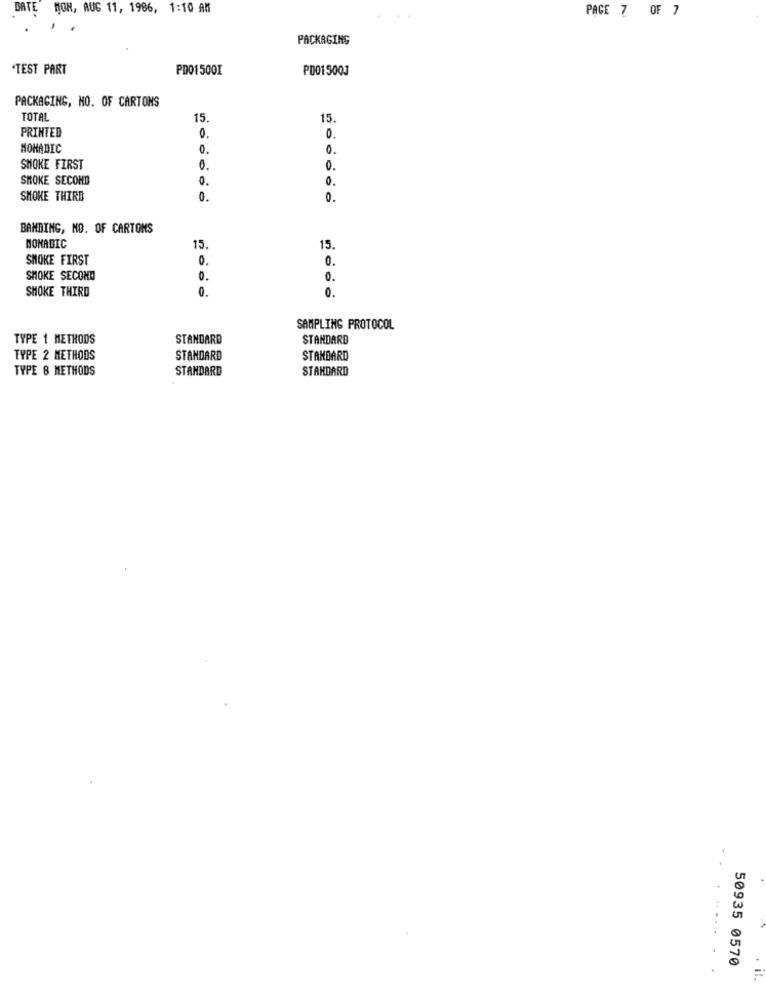
BATE
MON, AUG 11, 1986, 1:10 AM
PAGE 7 OF 7
PACKAGING
TEST PART
PD01500I
PD01 5003
PACKAGING, NO. OF CARTONS
TOTAL
15
15
PRINTED
0.
0.
NOMADIC
0.
0.
SMOKE FIRST
0
0.
SMOKE SECOND
0.
0.
SMOKE THIRD
0.
0.
BAMBING, NO. OF CARTONS
NOMADIC
15
15.
SMOKE FIRST
0.
0.
SMOKE SECOND
0.
0.
SMOKE THIRD
0.
0.
SAMPLING PROTOCOL
TYPE 1 METHODS
STANDARD
STANDARD
TYPE 2 METHODS
STANDARD
STAHBARD
TYPE 8 METHODS
STANDARD
STANDARD
......
50935 0570